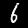
Digit: 6